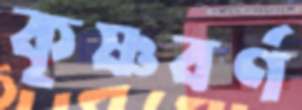
কৃষ্ণবর্ণ